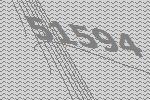
51594